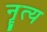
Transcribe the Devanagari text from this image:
नॄत्य